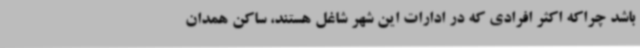
باشد چراکه اکثر افرادی که در ادارات این شهر شاغل هستند، ساکن همدان